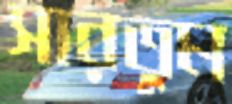
সারতুম